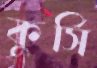
কুর্সি